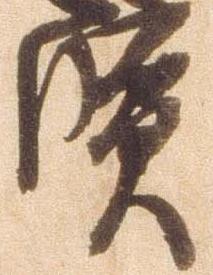
賢